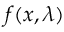
f ( x , \lambda )